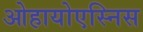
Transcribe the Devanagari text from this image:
ओहायोएस्निस